Vaccination in the Punjab 1905-1918 - 1905-1918
Year: 1905
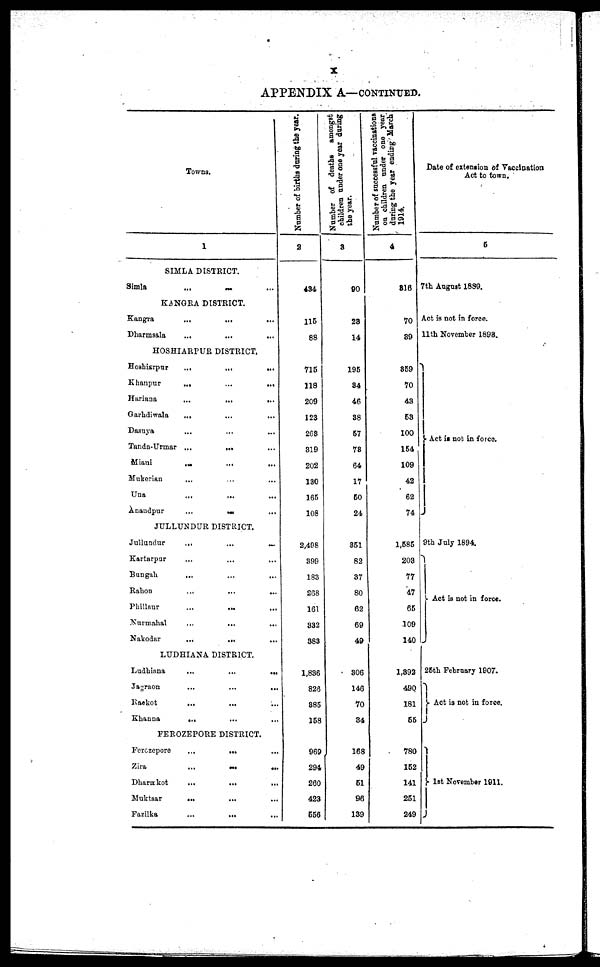
x
APPENDIX A—CONTINUED.
Towns.
1
SIMLA DISTRICT.
Simla
...
... ...
KANGRA DISTRICT.
Kangra
...
...
...
Dharmsala
...
...
...
HOSHIARPUR DISTRICT.
Hoshiarpur
...
...
...
Khanpur
...
...
...
Hariana
...
...
...
Garhdiwala
...
...
...
Dasuya
...
... ...
Tanda-Urmar ...
... ...
Miani
...
...
...
Mukerian
... ... ...
Una ... ... ...
Anandpur
...
...
...
JULLUNDUR DISTRICT.
Jullundur
...
...
...
Kartarpur ... ... ...
Bangah
... ... ...
Rahon
...
...
...
Phillaur
...
...
...
Nurmahal
...
... ...
Nakodar
...
...
...
LUDHIANA DISTRICT.
Ludhiana
...
...
...
Jagraon
...
...
...
Raekot
... ... ...
Khanna
... ... ...
FEROZEPORE DISTRICT.
Ferozepore
...
...
...
Zira
...
...
...
Dharmkot
...
...
...
Muktsar
...
...
...
Fazilka
...
... ...
Number of births during the year.
2
434
115
88
715
118
209
123
263
319
202
130
165
108
2,498
399
183
268
161
332
383
1,836
826
385
158
969
294
260
423
556
Number of deaths amongst
children under one year during
the year.
3
90
283
14
195
34
46
38
57
73
64
17
50
24
351
82
37
80
62
69
49
306
146
70
34
168
49
51
96
139
Number of successful vaccinations
on children under one year
during the year ending March
1914.
4
316
70
39
359
70
43
53
100
154
109
42
62
74
1,585
203
77
47
65
109
140
1,392
490
181
55
780
152
141
251
249
Date of extension of Vaccination
Act to town.
5
7th August 1889.
Act is not in force.
11th November 1898.
Act is not in force.
9th July 1894.
Act is not in force.
25th February 1907.
Act is not in force.
1st November 1911.